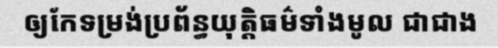
ឲ្យកែទម្រង់ប្រព័ន្ធយុត្តិធម៌ទាំងមូល ជាជាង